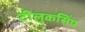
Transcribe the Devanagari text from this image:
टीलुकसिंघ